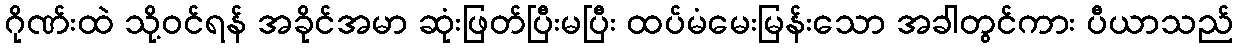
ဂိုဏ်းထဲ သို့ဝင်ရန် အခိုင်အမာ ဆုံးဖြတ်ပြီးမပြီး ထပ်မံမေးမြန်းသော အခါတွင်ကား ပီယာသည်